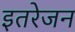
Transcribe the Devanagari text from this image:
इतरेजन